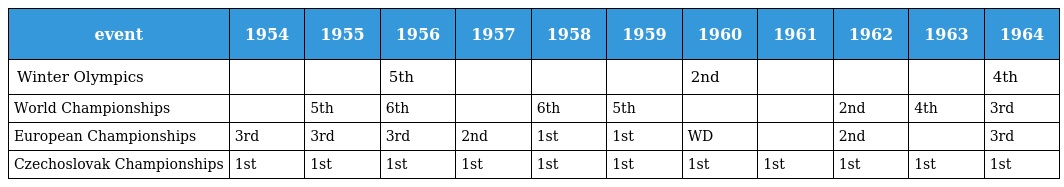
| event | 1954 | 1955 | 1956 | 1957 | 1958 | 1959 | 1960 | 1961 | 1962 | 1963 | 1964 |
 | --- | --- | --- | --- | --- | --- | --- | --- | --- | --- | --- | --- |
 | Winter Olympics |  |  | 5th |  |  |  | 2nd |  |  |  | 4th |
 | World Championships |  | 5th | 6th |  | 6th | 5th |  |  | 2nd | 4th | 3rd |
 | European Championships | 3rd | 3rd | 3rd | 2nd | 1st | 1st | WD |  | 2nd |  | 3rd |
 | Czechoslovak Championships | 1st | 1st | 1st | 1st | 1st | 1st | 1st | 1st | 1st | 1st | 1st |